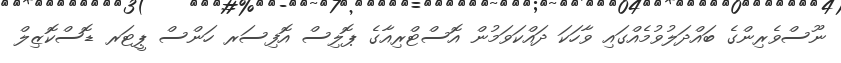
ނޫސްވެރިންގެ ބައްދަލުވުމެއްގައި ވާހަކަ ދައްކަވަމުން އޮސްޓްރިއާގެ ޕޮލިސް އޮފިސަރ ހަންސް ޕީޓަރ ޑޮސްކޮޒިލް